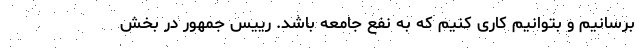
برسانیم و بتوانیم کاری کنیم که به نفع جامعه باشد. رییس جمهور در بخش